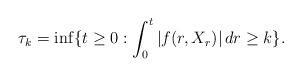
LaTeX: \begin{align*}\tau_k=\inf\{t\ge 0:\int_0^t|f(r,X_r)|\,dr\ge k\}.\end{align*}